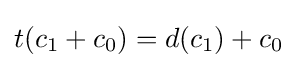
t(c_{1}+c_{0})=d(c_{1})+c_{0}